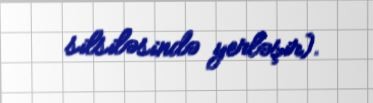
silsiləsində yerləşir).